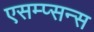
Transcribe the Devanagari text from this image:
एसम्प्सन्स